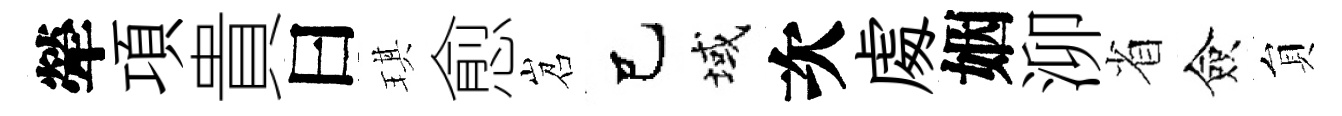
犖項貴曰琪愈岧己域次䖏姻泖省僉貟